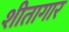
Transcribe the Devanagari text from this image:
शीतागार